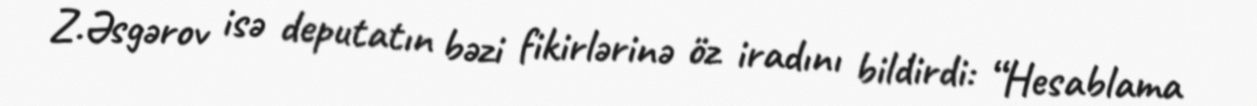
Z.Əsgərov isə deputatın bəzi fikirlərinə öz iradını bildirdi: “Hesablama